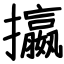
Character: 攍